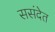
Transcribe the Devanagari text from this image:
ससंदेत